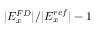
| E _ { x } ^ { F D } | / | E _ { x } ^ { r e f } | - 1